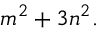
m ^ { 2 } + 3 n ^ { 2 } .